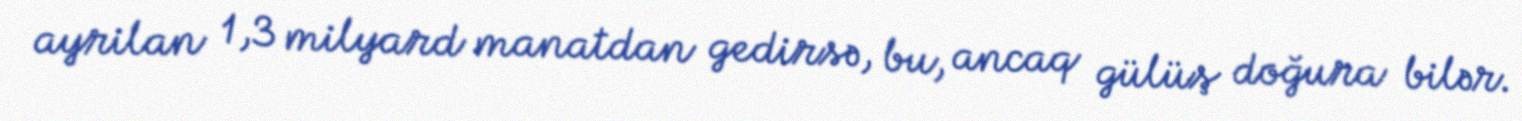
ayrilan 1,3 milyard manatdan gedirsə, bu, ancaq gülüş doğura bilər.